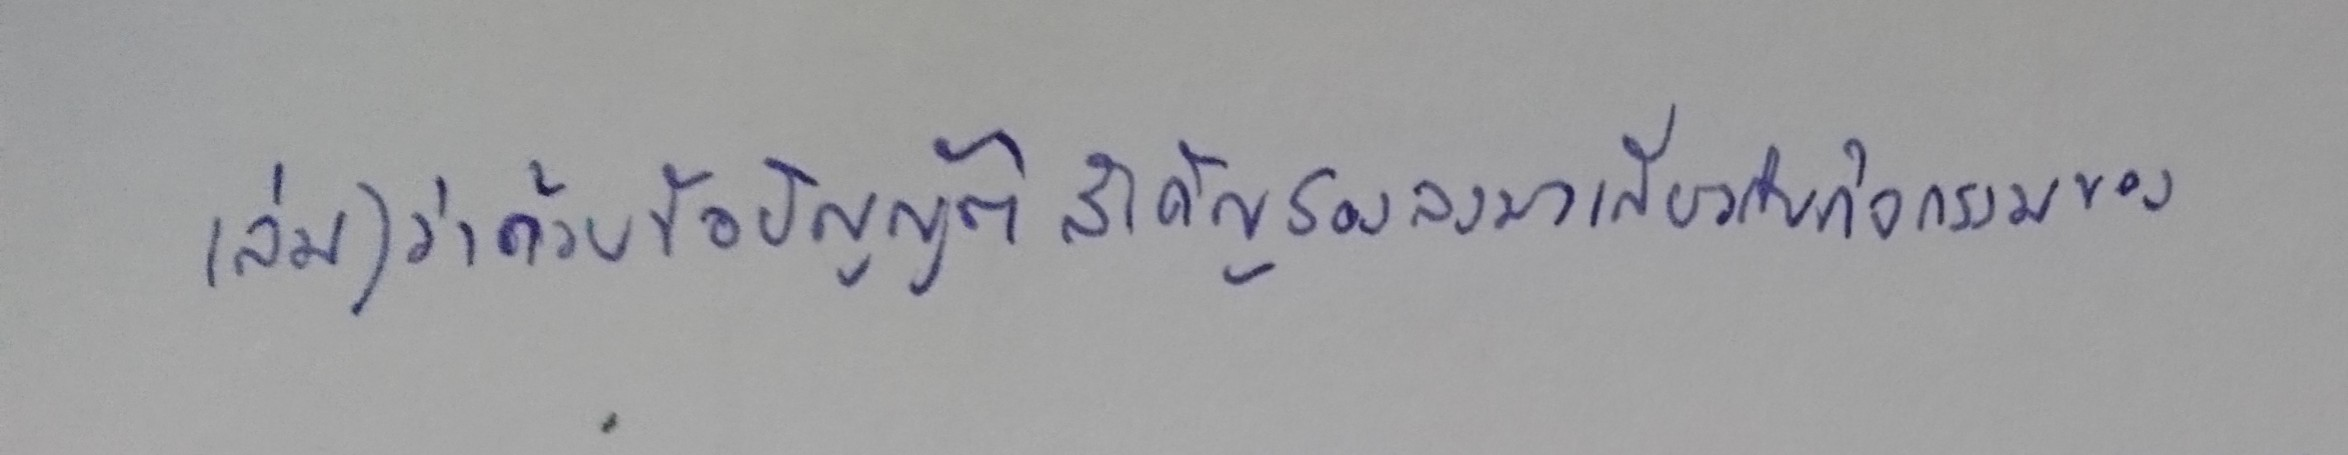
เล่ม)ว่าด้วยข้อบัญญัติสำคัญรองลงมาเกี่ยวกับกิจกรรมของ